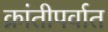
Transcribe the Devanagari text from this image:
क्रांतीपर्वात